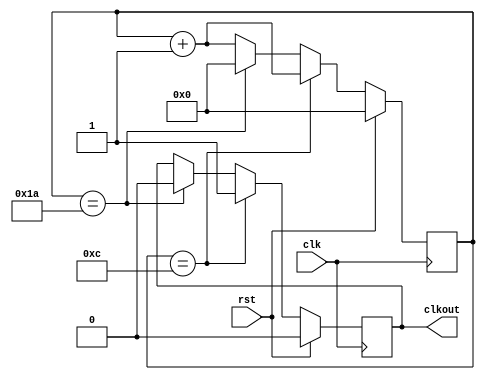
`timescale 1ns / 1ps
//////////////////////////////////////////////////////////////////////////////////
// Company: 
// Engineer: 
// 
// Design Name: 
// Module Name:    clkdiv 
// Project Name: 
// Target Devices: 
// Tool versions: 
// Description: 
//
// Dependencies: 
//
// Revision: 
// Revision 0.01 - File Created
// Additional Comments: 
//
//////////////////////////////////////////////////////////////////////////////////
module clkdiv(rst,clk, clkout); 
input rst;
input clk;          // 
output clkout;      // 
reg clkout; 
reg [7:0] cnt; 

always @(posedge clk)   // 
begin 

if(rst) begin
cnt<=0;
clkout<=0;
end
else if(cnt==8'd12) 
begin clkout <= 1'b1; 
cnt<=cnt+8'd1; 
end 
else if(cnt==8'd26) 
begin 
clkout<=1'b0; 
cnt<=8'd0; 
end 
else 
begin 
cnt<=cnt+8'd1; 
end 
end 
endmodule